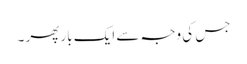
جس کی وجہ سے ایک بار پھر ۔